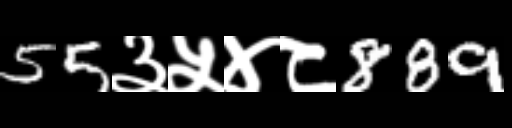
Text: 55३५४८889